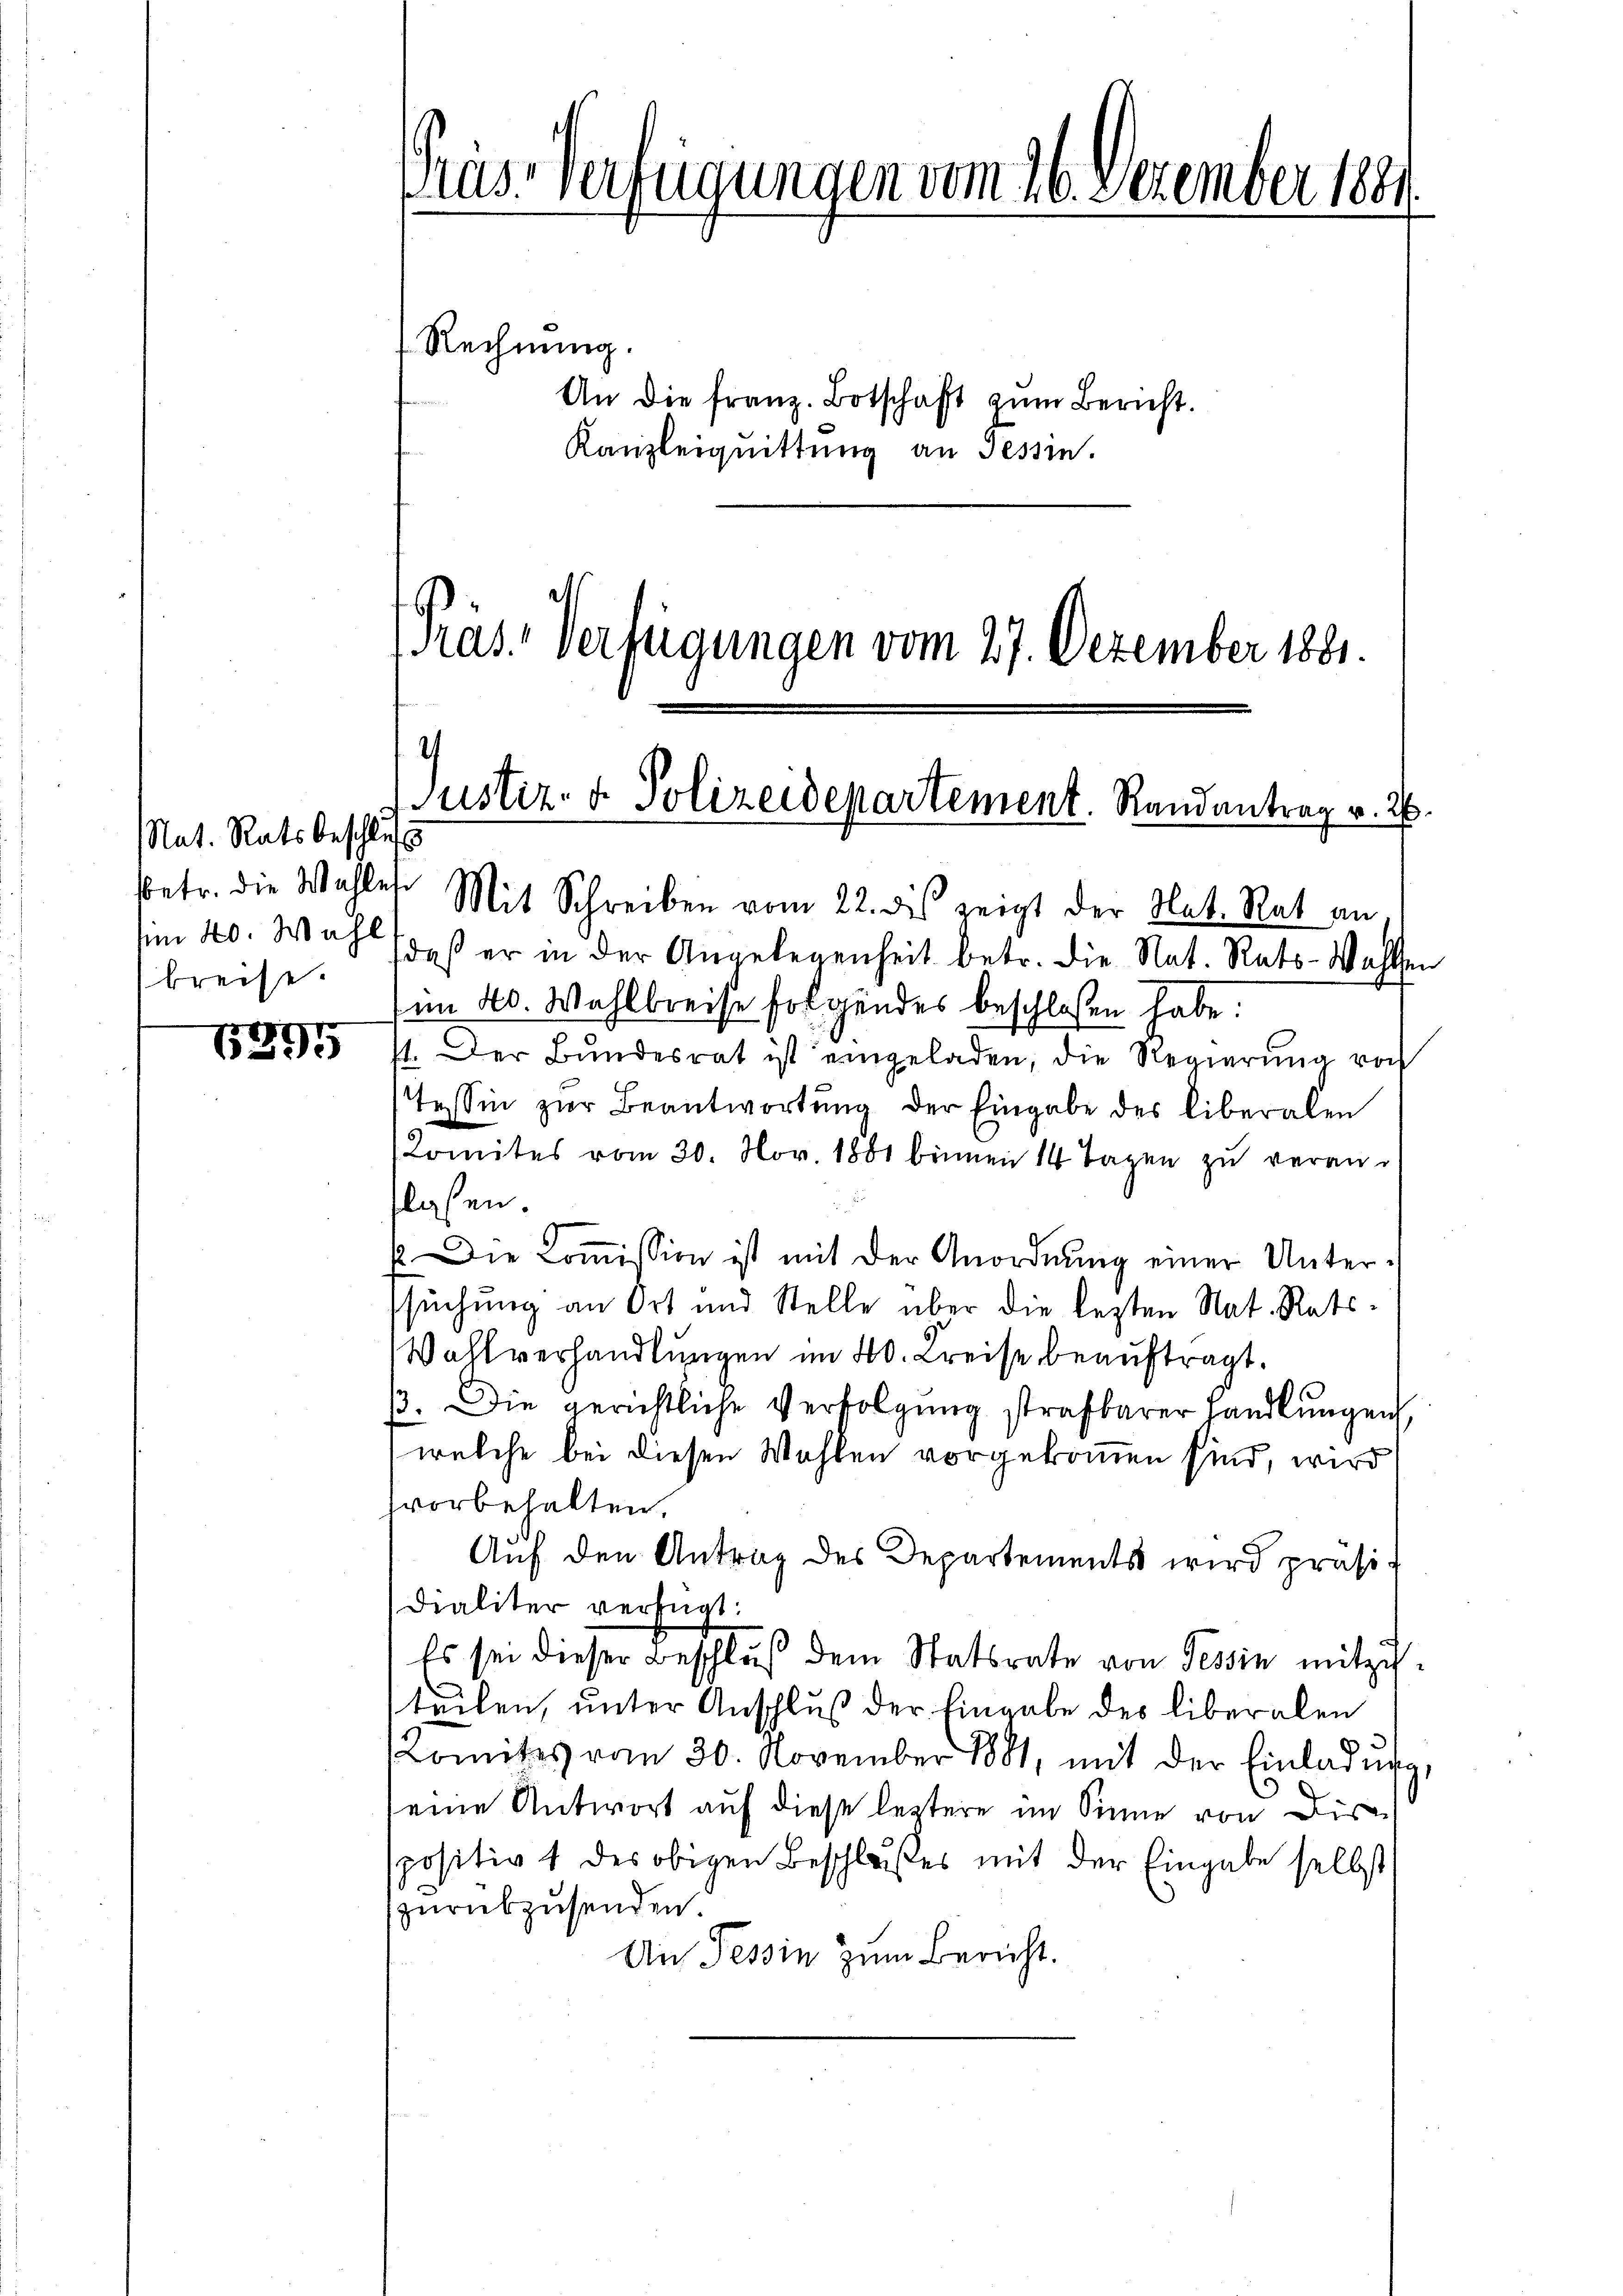
Nat. Ratsbeschluss
I 40. Wahl
breise.

15895

Pras-Verfügungen vom 26. Dezember 1881.
Rechnung.
An die franz. Botschaft zŭm Bericht.

Kanzleiquittung an Tessin.
¬
Pras. Verfügungen vom 27. Dezember 1881.

.
Justiz- & Polizeidepartement. Randantrag v. 26.
betr. die Wahles Mit Schreiben vom 22. des zeigt der Nat. Rat an.

daß er in der Angelegenheit betr. die Nat. Rats-Wahlen
im 4. Wahlkreise folgendes beschlossen habe.
st. Der Bundesrat ist eingeladen, die Regierŭng vorh
Tessin zur Beantwortung der Eingabe des liberalen
Komites vom 20. Nov. 1881 binnen 14 Tagen zu veranflassen.
E. Die Koṁission ist mit der Anordnung einer Unterssuchung an Ort und Stelle über die lezten Nat. Rats¬
Wahlverhandlungen im 40. Kreise beauftragt.
/3. Die gerichtliche Verfolgung strafbarer Handlungen,
welche bei diesen Wahlen vorgekommen sind, wird
svorbehalten,
Auf den Antrag des Departements wird präsi¬
Dialiter verfügt:
Es sei dieser Beschluß dem Statsrate von Tessin mitzuteilen, unter Anschluß der Eingabe des liberalen
Komites vom 30. November 1881, mit der Einladŭng,
eine Antwort auf diese leztere im Sinne von Dire
spositiv 1 des obigen Beschlußes mit der Eingabe selbst
zurükzusenden.
An Tessin zum Bericht.